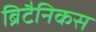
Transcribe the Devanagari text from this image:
ब्रिटैनिकस